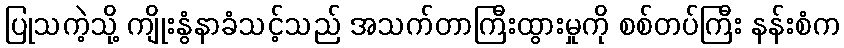
ပြုသကဲ့သို့ ကျိုးနွံနာခံသင့်သည် အသက်တာကြီးထွားမှုကို စစ်တပ်ကြီး နန်းစံက